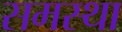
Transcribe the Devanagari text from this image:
समस्था